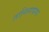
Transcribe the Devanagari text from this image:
तानिनायागा